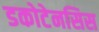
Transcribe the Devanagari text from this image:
डकोटेनसिस